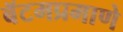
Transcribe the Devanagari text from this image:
बॅटमप्रमाणे